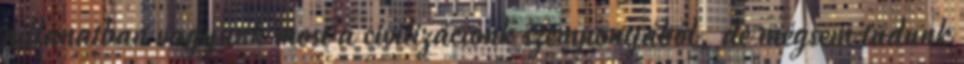
pillanatban vagyunk most a civilizációnk szempontjából, de mégsem tudunk